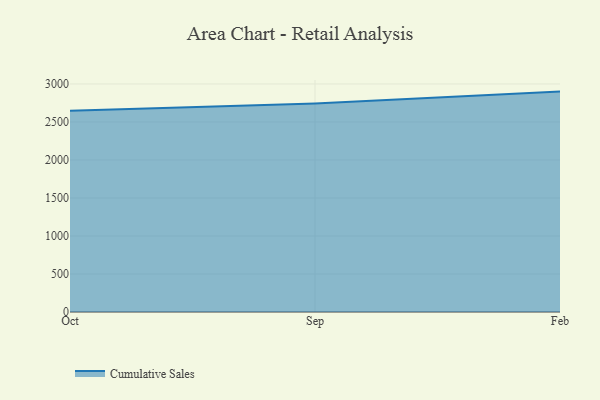
{"axis": {"x": "Month", "y": "Production Output"}, "legend": ["Cumulative Sales"], "data": [{"x": "Oct", "y": 2646.4, "type": "Cumulative Sales"}, {"x": "Sep", "y": 2744.0, "type": "Cumulative Sales"}, {"x": "Feb", "y": 2899.7, "type": "Cumulative Sales"}]}